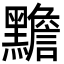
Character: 黵